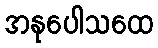
အနုပေါသထေ